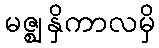
မဇ္ဈနှိကာလမှိ